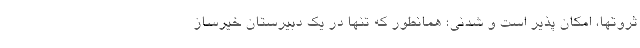
ثروتها، امکان پذیر است و شدنی؛ همانطور که تنها در یک دبیرستان خیرساز